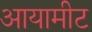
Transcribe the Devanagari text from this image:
आयामीट